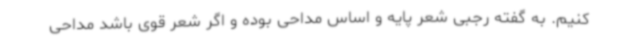
کنیم. به گفته رجبی شعر پایه و اساس مداحی بوده و اگر شعر قوی باشد مداحی